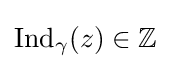
\mathrm {Ind} _{\gamma }(z)\in \mathbb {Z}